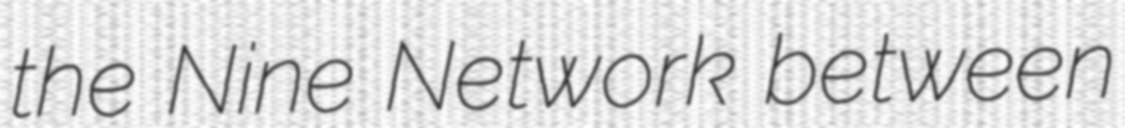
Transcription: the Nine Network between